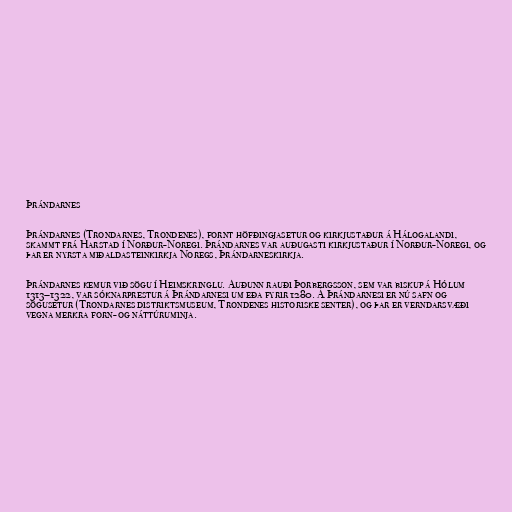
Þrándarnes

Þrándarnes (Trondarnes, Trondenes), fornt höfðingjasetur og kirkjustaður á Hálogalandi,
skammt frá Harstad í Norður-Noregi. Þrándarnes var auðugasti kirkjustaður í Norður-Noregi, og
þar er nyrsta miðaldasteinkirkja Noregs, Þrándarneskirkja.

Þrándarnes kemur við sögu í Heimskringlu. Auðunn rauði Þorbergsson, sem var biskup á Hólum
1313–1322, var sóknarprestur á Þrándarnesi um eða fyrir 1280. Á Þrándarnesi er nú safn og
sögusetur (Trondarnes distriktsmuseum, Trondenes historiske senter), og þar er verndarsvæði
vegna merkra forn- og náttúruminja.